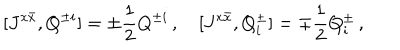
[ J ^ { x \bar { x } } , Q ^ { \pm i } ] = \pm \frac { 1 } { 2 } Q ^ { \pm i } \, , \quad [ J ^ { x \bar { x } } , Q _ { i } ^ { \pm } ] = \mp \frac { 1 } { 2 } Q _ { i } ^ { \pm } \, ,